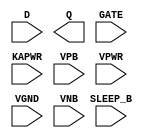
module sky130_fd_sc_lp__srdlxtp (
    //# {{data|Data Signals}}
    input  D      ,
    output Q      ,

    //# {{clocks|Clocking}}
    input  GATE   ,

    //# {{power|Power}}
    input  SLEEP_B,
    input  KAPWR  ,
    input  VPB    ,
    input  VPWR   ,
    input  VGND   ,
    input  VNB
);
endmodule